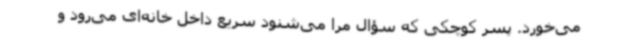
می‌خورد. پسر کوچکی که سؤال مرا می‌شنود سریع داخل خانه‌ای می‌رود و